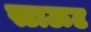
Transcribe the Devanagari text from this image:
स्टाऊट